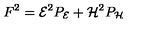
F ^ { 2 } = { \cal E } ^ { 2 } P _ { \cal E } + { \cal H } ^ { 2 } P _ { \cal H }